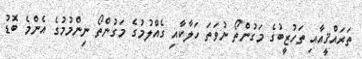
ތަރައްޤީއާއި ތަހުޒީބުގެ މަގުންތޯ ނުވަތަ ހަލާކާއި ގެއްލުމުގެ މަގުންތޯ ނިންމުމުގެ އެންމެ ބޮޑު